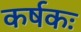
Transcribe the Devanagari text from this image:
कर्षकः